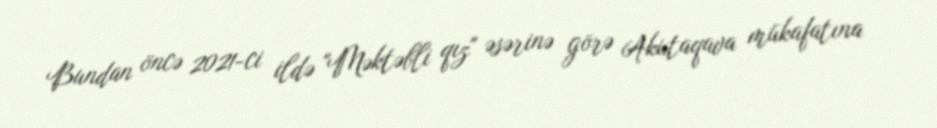
Bundan öncə 2021-ci ildə "Məktəbli qız" əsərinə görə Akutaqava mükafatına